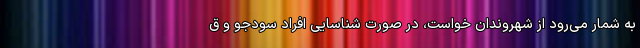
به شمار می‌رود از شهروندان خواست، در صورت شناسایی افراد سودجو و ق